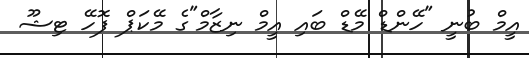
އީމް ބުނީ "ހޭންޑް މޭޑް ބައި އީމް ނިޒާމް"ގެ މޭކަޕް ފޮހޭ ޓިޝޫ